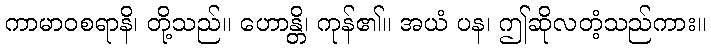
ကာမာဝစရာနိ၊ တို့သည်။ ဟောန္တိ၊ ကုန်၏။ အယံ ပန၊ ဤဆိုလတံ့သည်ကား။